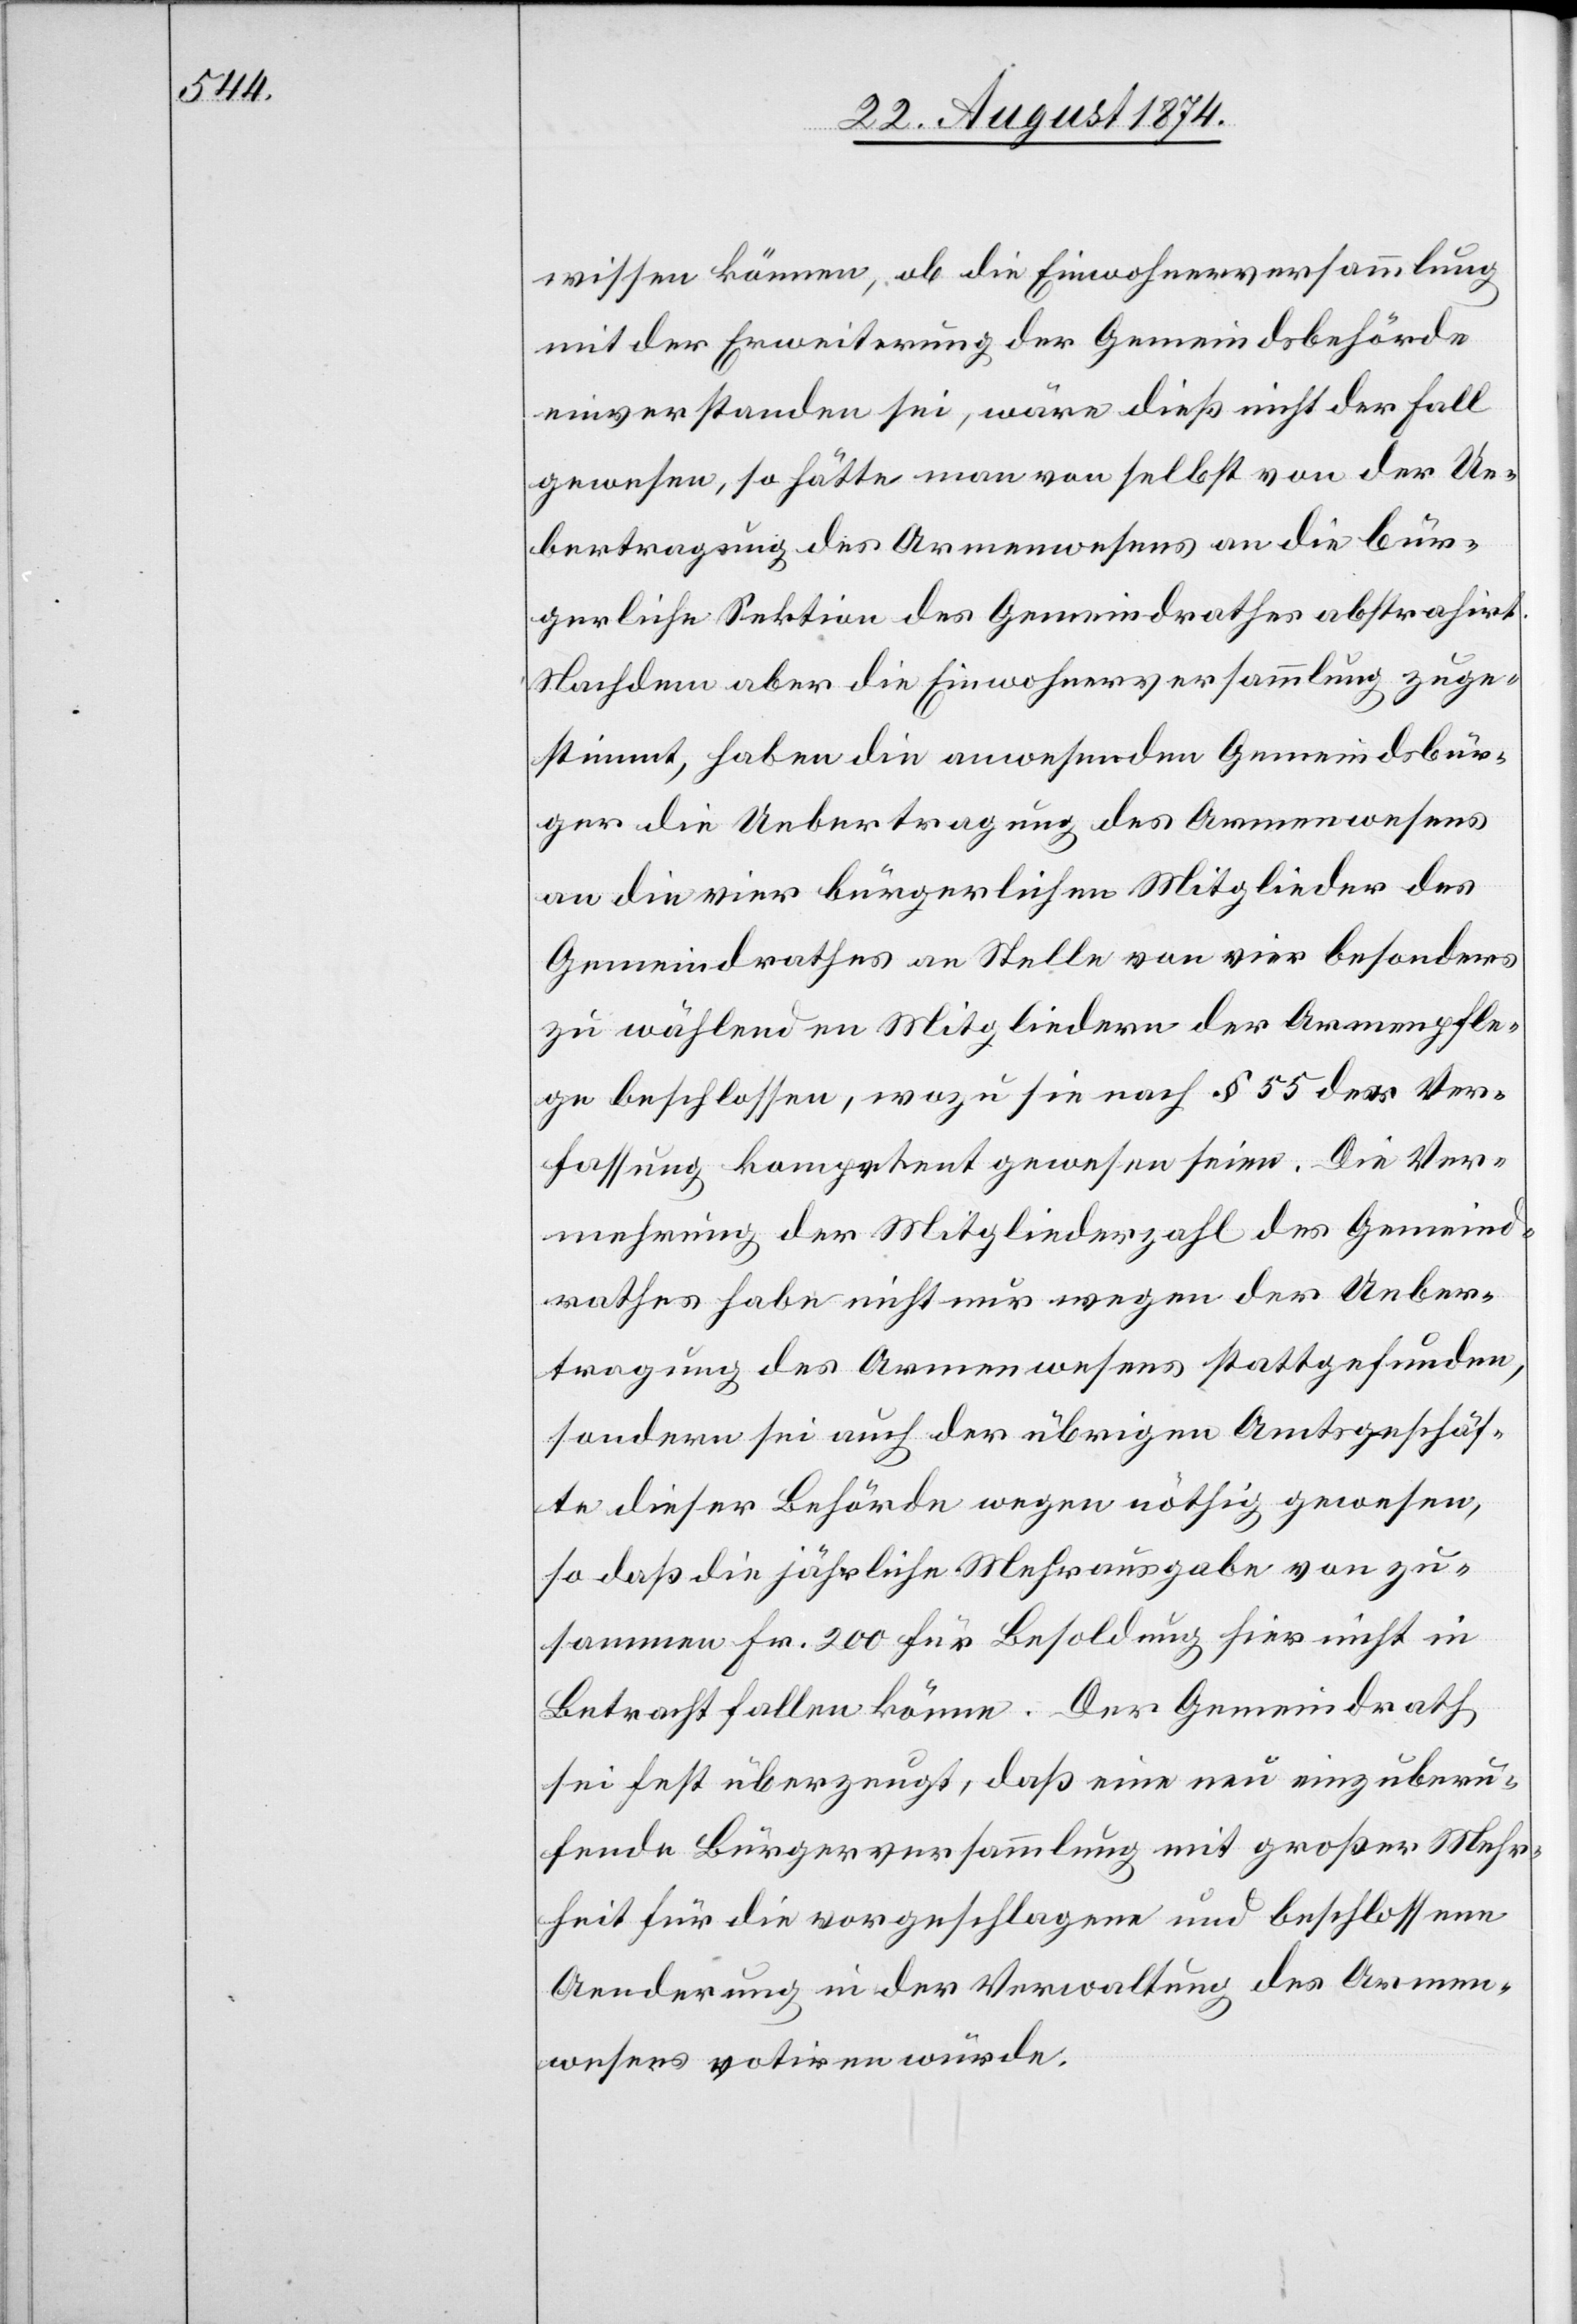
wissen können, ob die Einwohnerversammlung
mit der Erweiterung der Gemeindsbehörde
einverstanden sei, wäre dieß nicht der Fall
gewesen, so hätte man von selbst von der Ue¬
bertragung des Armenwesens an die bür¬
gerliche Sektion des Gemeindrathes abstrahirt.
Nachdem aber die Einwohnerversammlung zuge¬
stimmt, haben die anwesenden Gemeindsbür¬
ger die Uebertragung des Armenwesens
an die vier bürgerlichen Mitglieder des
Gemeindrathes an Stelle von vier besonders
zu wählenden Mitgliedern der Armenpfle¬
ge beschlossen, wozu sie nach § 55 der Ver¬
fassung kompetent gewesen seien. Die Ver¬
mehrung der Mitgliederzahl des Gemeind¬
rathes habe nicht nur wegen der Ueber¬
tragung des Armenwesens stattgefunden,
sondern sei auch der übrigen Amtsgeschäf¬
te dieser Behörde wegen nöthig gewesen,
so daß die jährliche Mehrausgabe von zu¬
sammen Fr. 200 für Besoldung hier nicht in
Betracht fallen könne. Der Gemeindrath
sei fest überzeugt, daß eine neu einzuberu¬
fende Bürgerversammlung mit großer Mehr¬
heit für die vorgeschlagene und beschlossene
Aenderung in der Verwaltung des Armen¬
wesens votiren würde.